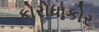
કોરોધાકોર